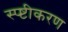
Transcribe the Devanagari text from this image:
स्प्ष्टीकरण